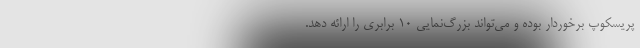
پریسکوپ برخوردار بوده و می‌تواند بزرگ‌نمایی 10 برابری را ارائه دهد.